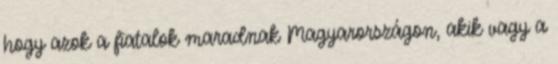
hogy azok a fiatalok maradnak Magyarországon, akik vagy a